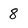
Character: 8